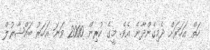
ހަތް އަހަރަށް ދެމިގެންދާނެ އެވެ. މީގެ ކުރިން 2000 ވަނަ އަހަރު ބައްޝާރުލް